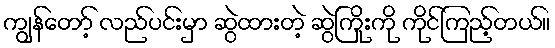
ကျွန်တော့် လည်ပင်းမှာ ဆွဲထားတဲ့ ဆွဲကြိုးကို ကိုင်ကြည့်တယ်။